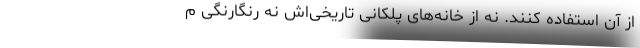
از آن استفاده کنند. نه از خانه‌های پلکانی تاریخی‌اش نه رنگارنگی م